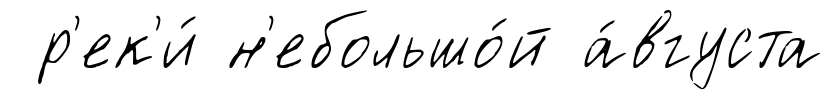
р'ек'и́ н'ебольшо́й а́вгуста